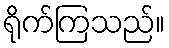
ရိုက်ကြသည်။